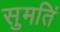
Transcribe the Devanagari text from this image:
सुमतिं